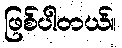
ဖြစ်ပါတယ်။